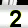
Digit: 2